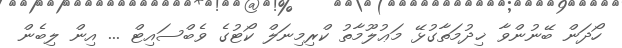
ހޯދަން ބޭނުންވާ ޚިދުމަތާގުޅޭ މަޢުލޫމާތު ކްރިމިނަލް ކޯޓުގެ ވެބްސައިޓް ... އިން ލިބެން